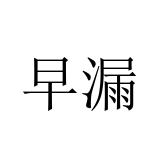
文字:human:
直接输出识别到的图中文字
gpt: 早漏